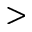
>